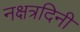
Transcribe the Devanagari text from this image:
नक्षत्रदिनी